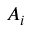
A _ { i }